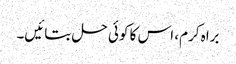
براہ کرم، اس کا کوئی حل بتائیں۔